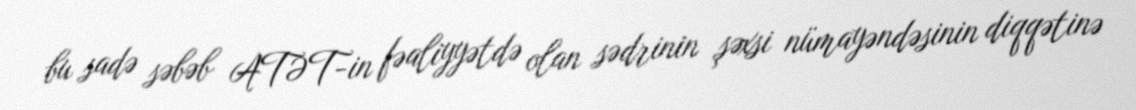
bu sadə səbəb ATƏT-in fəaliyyətdə olan sədrinin şəxsi nümayəndəsinin diqqətinə